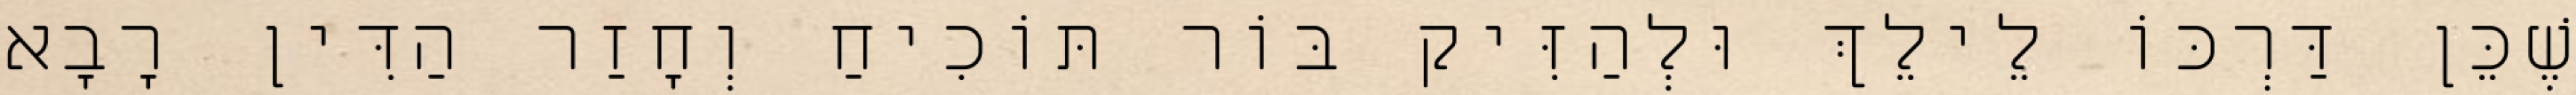
שֶׁכֵּן דַּרְכּוֹ לֵילֵךְ וּלְהַזִּיק בּוֹר תּוֹכִיחַ וְחָזַר הַדִּין רָבָא